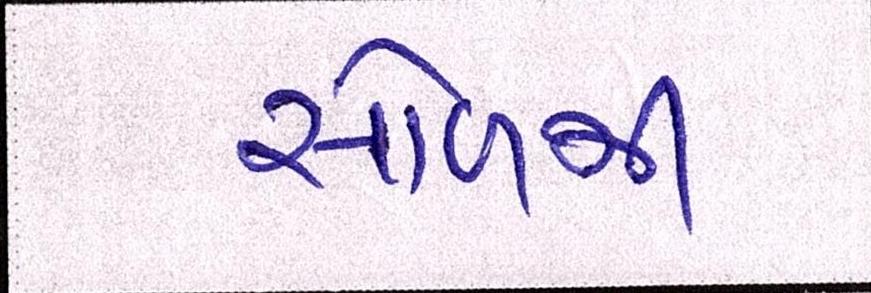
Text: સોળમી